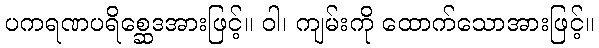
ပကရဏပရိစ္ဆေဒအားဖြင့်။ ဝါ၊ ကျမ်းကို ထောက်သောအားဖြင့်။